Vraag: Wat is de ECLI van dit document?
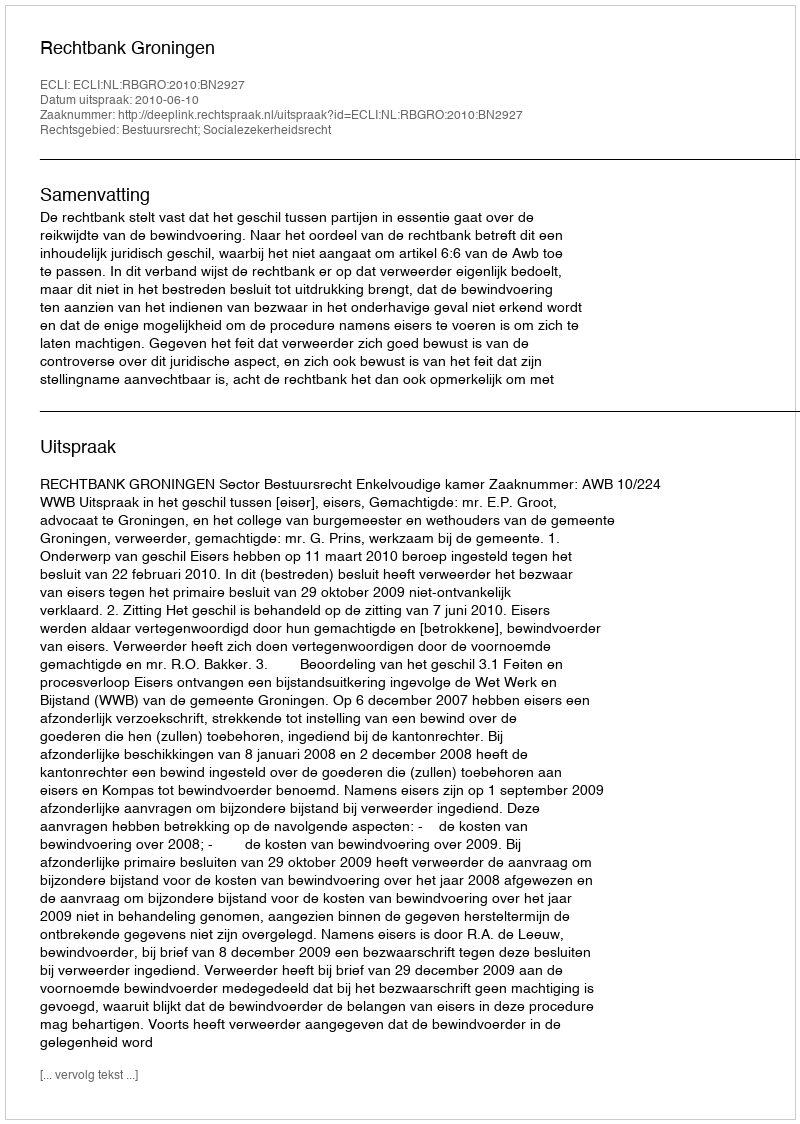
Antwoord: ECLI:NL:RBGRO:2010:BN2927